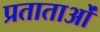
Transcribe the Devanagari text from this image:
प्रताताओं